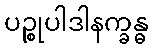
ပဉ္စုပါဒါနက္ခန္ဓ